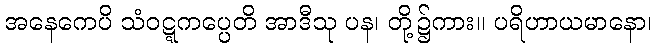
အနေကေပိ သံဝဋ္ဋကပ္ပေတိ အာဒီသု ပန၊ တို့၌ကား။ ပရိဟာယမာနော၊